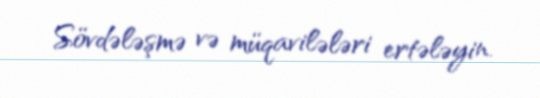
Sövdələşmə və müqavilələri ertələyin.